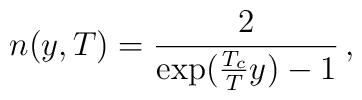
n(y,T) = \frac{2}{\exp(\frac{T_c}{T}y) - 1}\,,